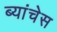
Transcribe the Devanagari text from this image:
ब्यांचेस